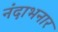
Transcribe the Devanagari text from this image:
नंदाभनार